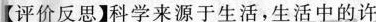
【评价反思】科学来源于生活，生活中的许